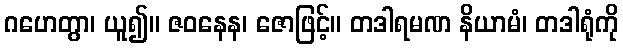
ဂဟေတွာ၊ ယူ၍။ ဇဝနေန၊ ဇောဖြင့်။ တဒါရမဏ နိယာမံ၊ တဒါရုံကို